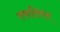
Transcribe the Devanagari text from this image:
तवासिरत